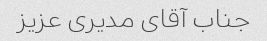
جناب آقای مدیری عزیز